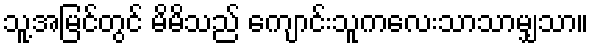
သူ့အမြင်တွင် မိမိသည် ကျောင်းသူကလေးသာသာမျှသာ။